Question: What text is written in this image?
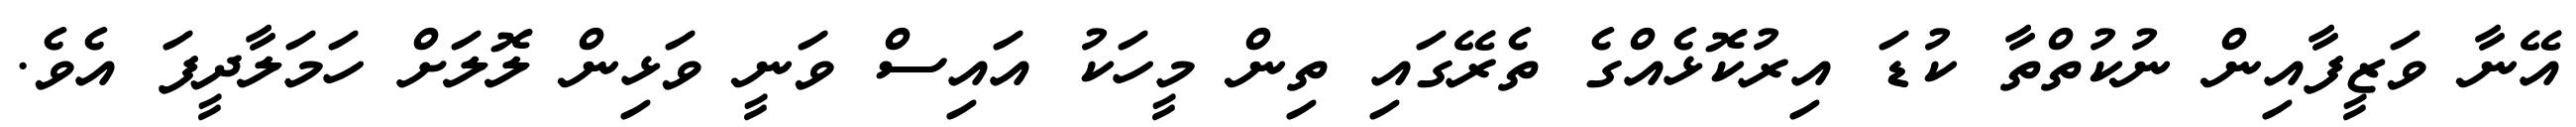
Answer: އޭނާ ވަޒީފާއިން ނުކުތްތާ ކުޑަ އިރުކޮޅެއްގެ ތެރޭގައި ތިން މީހަކު އައިސް ވަނީ ވަޅިން ލޮލަށް ހަމަލާދީފަ އެވެ.